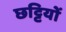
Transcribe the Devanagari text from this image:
छट्टियों